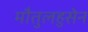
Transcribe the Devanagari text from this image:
मौतुलहुसेन